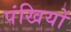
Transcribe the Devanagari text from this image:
पंखियों